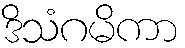
ဒိသံဂမိကာ